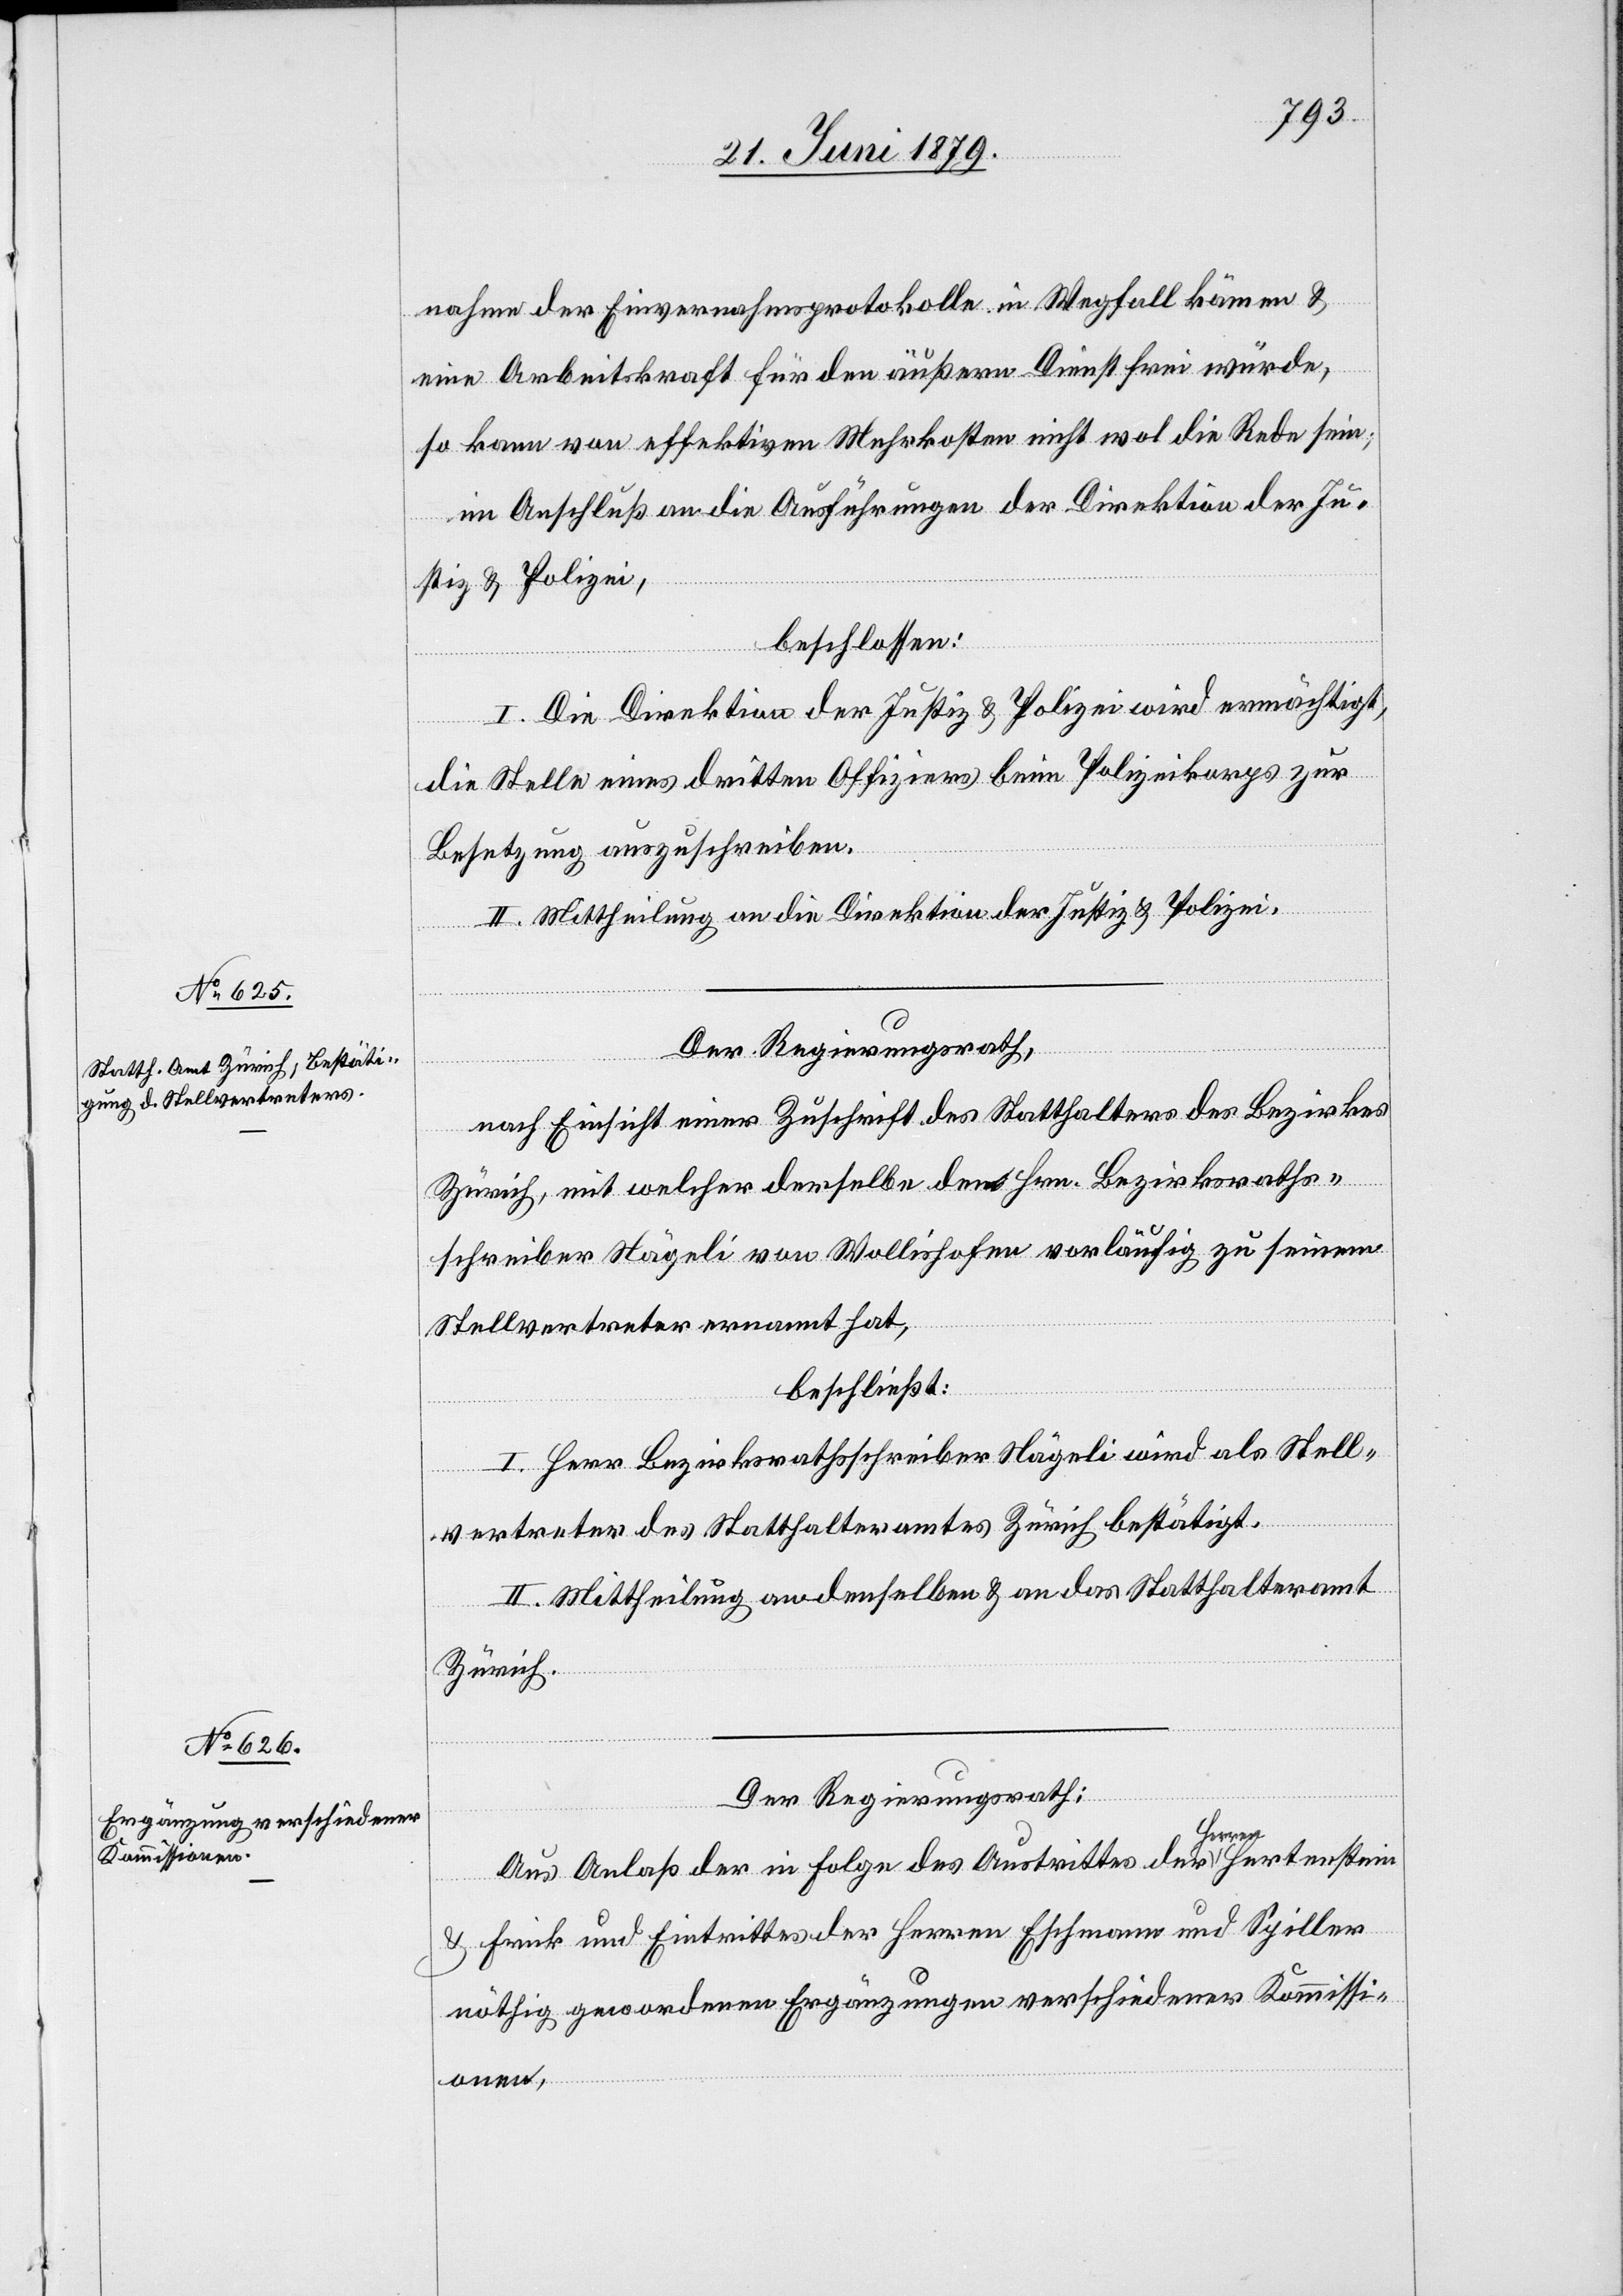
nahme der Einvernahmsprotokolle in Wegfall kämen &
eine Arbeitskraft für den äußern Dienst frei würde,
so kann von effektiven Mehrkosten nicht wol die Rede sein;
im Anschluß an die Ausführungen der Direktion der Ju¬
stiz & Polizei,
beschlossen:
I. Die Direktion der Justiz & Polizei wird ermächtigt,
die Stelle eines dritten Offiziers beim Polizeikorps zur
Besetzung auszuschreiben.
II. Mittheilung an die Direktion der Justiz & Polizei.
Der Regierungsrath,
nach Einsicht einer Zuschrift des Statthalters des Bezirkes
Zürich, mit welcher derselbe den Hrn. Bezirksraths¬
schreiber Nägeli von Wollishofen vorläufig zu seinem
Stellvertreter ernannt hat,
beschließt:
I. Herr Bezirksrathsschreiber Nägeli wird als Stell¬
vertreter des Statthalteramtes Zürich bestätigt.
II. Mittheilung an denselben & an das Statthalteramt
Zürich.
Der Regierungsrath:
Hertens¬
Aus Anlaß der in Folge des Austrittes der Herren
tein
& Frick und Eintrittes der Herren Eschmann und Spiller
nöthig gewordenen Ergänzungen verschiedener Kommissi¬
onen,